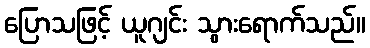
ပြောသဖြင့် ယူဂျင်း သွားရောက်သည်။